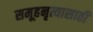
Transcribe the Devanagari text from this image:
समूहनृत्यासाठी